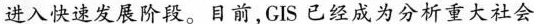
进入快速发展阶段。目前，GIS 已经成为分析重大社会